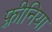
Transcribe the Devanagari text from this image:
फ़्रीनिया